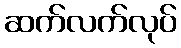
ဆက်လက်လုပ်